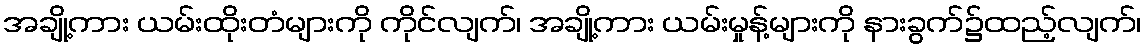
အချို့ကား ယမ်းထိုးတံများကို ကိုင်လျက်၊ အချို့ကား ယမ်းမှုန့်များကို နားခွက်၌ထည့်လျက်၊